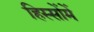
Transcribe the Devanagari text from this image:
हिस्सोंमें